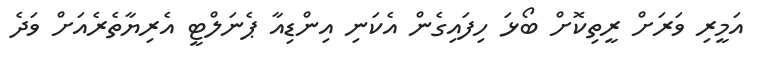
އަމީރި ވަރަށް ރީތިކޮށް ބޯޅަ ހިފައިގެން އެކަނި އިންޑިއާ ޕެނަލްޓީ އެރިޔާތެރެއަށް ވަދެ